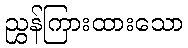
ညွှန်ကြားထားသော